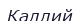
Каллий